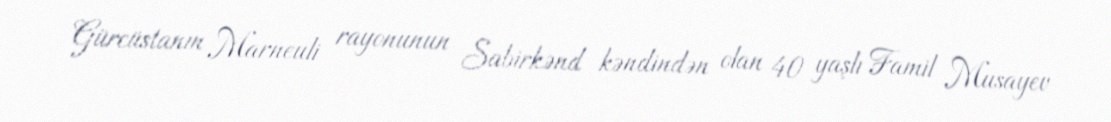
Gürcüstanın Marneuli rayonunun Sabirkənd kəndindən olan 40 yaşlı Famil Musayev